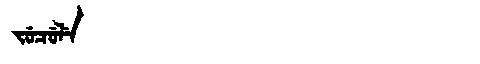
Manchu: ᠵᡠᠴᡠᠯᡝ
Romanization: JUCULE